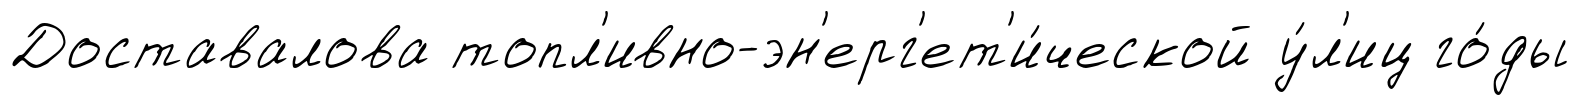
Доставалова топл'ивно-эн'ерг'ет'и́ческой у́л'иц го́ды